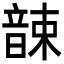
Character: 𩐫